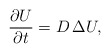
\begin{align*}\frac{\partial U}{\partial t} = D\,\Delta U,\end{align*}